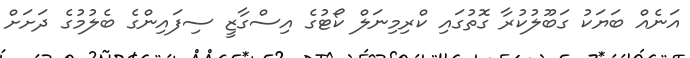
އަނެއް ބަޔަކު ގަބޫލުކުރާ ގޮތުގައި ކްރިމިނަލް ކޯޓުގެ އިސްގާޒީ ސިފައިންގެ ބެލުމުގެ ދަށަށް